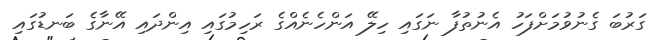
ގަރުބަ ގެނުވުމަށްފަހު އެނުތުފާ ނަގައި ހިލޭ އަންހެނެއްގެ ރަހިމުގައި އިންދައި އޭނާގެ ބަނޑުގައި